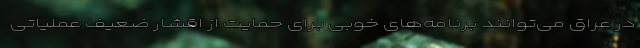
در عراق می‌توانند برنامه‌های خوبی برای حمایت از اقشار ضعیف عملیاتی